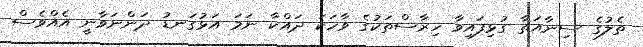
ތެލުގެ ސިނާއަތާ ގުޅިފައިވާ ހިރާސްތަކުގެ ވާހަކަ ދައްކާ ނަމަ އަޅުގަނޑު ދަންނަވާނީ އެއްވެސް